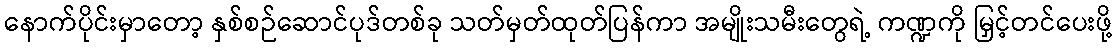
နောက်ပိုင်းမှာတော့ နှစ်စဉ်ဆောင်ပုဒ်တစ်ခု သတ်မှတ်ထုတ်ပြန်ကာ အမျိုးသမီးတွေရဲ့ ကဏ္ဍကို မြှင့်တင်ပေးဖို့